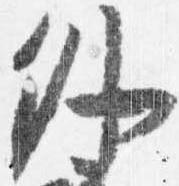
外